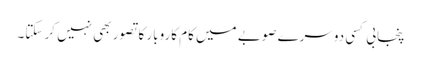
پنجابی کسی دوسرے صوبے میں کام کاروبار کا تصور بھی نہیں کر سکتا۔